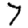
Digit: 7